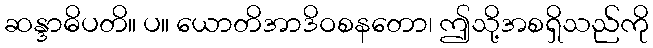
ဆန္ဒာဓိပတိ။ ပ။ ယောတိအာဒိဝစနတော၊ ဤသို့အစရှိသည်ကို